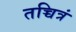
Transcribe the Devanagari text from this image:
तच्चित्रं